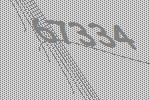
67334